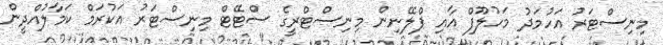
މިނިސްޓަރު އަހުމަދު މަހުލޫފް އާއި ޕްލޭނިން މިނިސްޓްރީގެ ސްޓޭޓް މިނިސްޓަރު އަކުރަމް ކަމާލުއްދީން